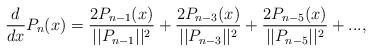
LaTeX: \begin{align*}\dfrac{d}{dx}P_{n}(x)=\dfrac{2P_{n-1}(x)}{||P_{n-1}||^{2}}+\dfrac{2P_{n-3}(x)}{||P_{n-3}||^{2}}+\dfrac{2P_{n-5}(x)}{||P_{n-5}||^{2}}+...,\end{align*}